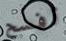
أفسح